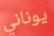
يوناني